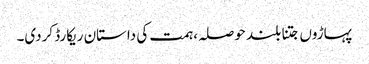
پہاڑوں جتنا بلند حوصلہ، ہمت کی داستان ریکارڈ کردی۔